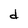
Character: d